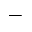
\mathbf { - }